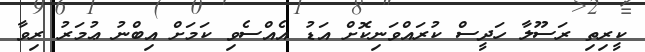
ކީރިތި ރަސޫލާ ހަދީސް ކުރައްވަނިކޮށް އަޑު އެއްސެވި ކަމަށް އިބްނު ޢުމަރު ރިވާ